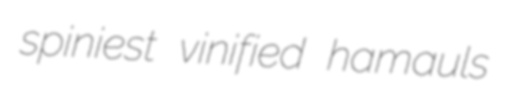
spiniest vinified hamauls